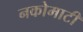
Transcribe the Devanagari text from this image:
नकोमाटी